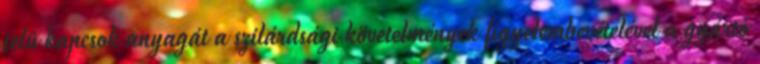
jelû kapcsok anyagát a szilárdsági követelmények figyelembevételével a gyártó